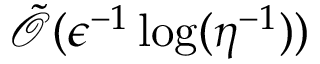
\tilde { \mathcal { O } } ( \epsilon ^ { - 1 } \log ( \eta ^ { - 1 } ) )